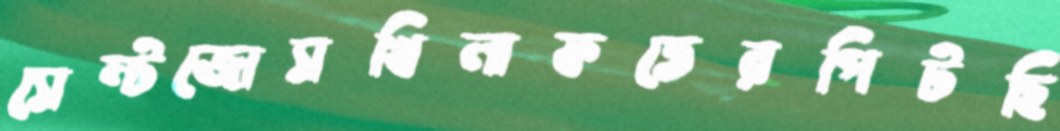
সেন্টজোসখিলাফতেরপিটছি